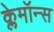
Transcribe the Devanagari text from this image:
क्लेमॉन्स